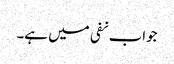
جواب نفی میں ہے۔